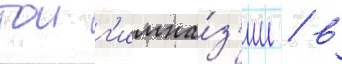
тои г'имна́з'ии / в